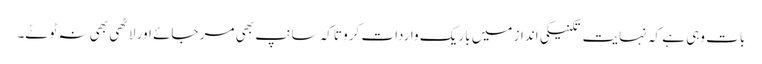
بات وہی ہے کہ نہایت تکنیکی انداز میں باریک واردات کرو تاکہ سانپ بھی مر جائے اور لاٹھی بھی نہ ٹوٹے۔